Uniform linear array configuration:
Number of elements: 4
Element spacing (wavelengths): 0.5
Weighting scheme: exponential
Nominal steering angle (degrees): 60
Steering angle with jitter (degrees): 59.142
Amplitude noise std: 0.05
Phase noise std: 0.05

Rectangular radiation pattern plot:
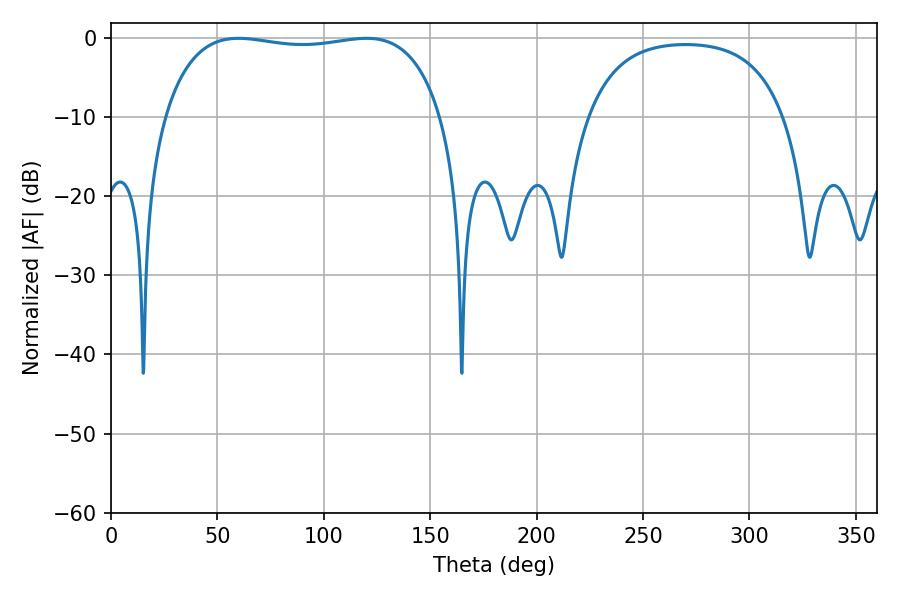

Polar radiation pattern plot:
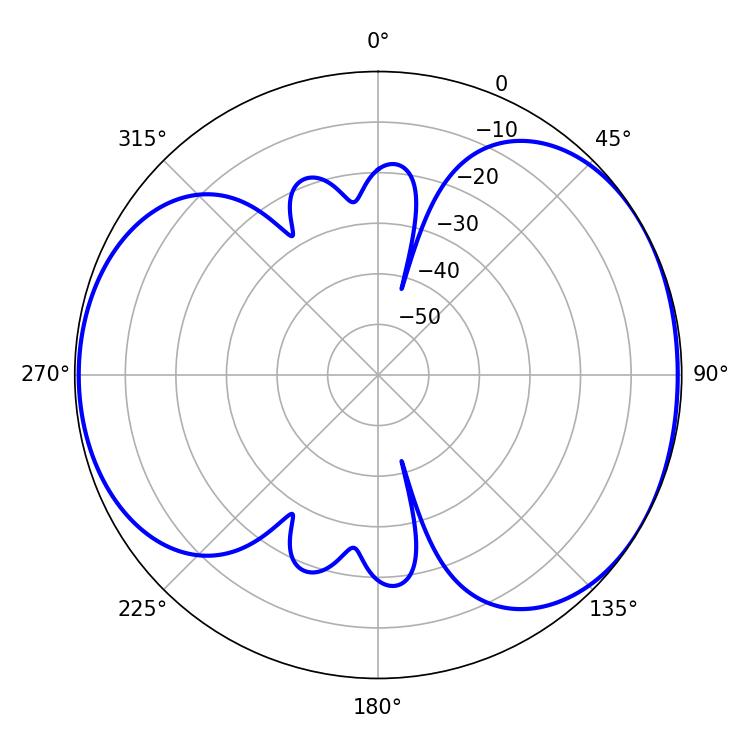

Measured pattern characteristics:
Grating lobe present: FALSE
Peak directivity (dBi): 5.076
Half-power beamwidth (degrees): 104.76
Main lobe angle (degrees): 59.94